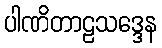
ပါဏိတာဠသဒ္ဒေန